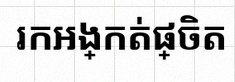
រកអង្កត់ផ្ចិត